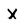
Character: X